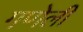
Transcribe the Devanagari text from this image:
गणेली